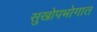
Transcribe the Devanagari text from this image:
सुखोपभोगात